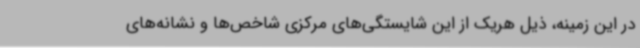
در این زمینه، ذیل هریک از این شایستگی‌های مرکزی شاخص‌ها و نشانه‌های